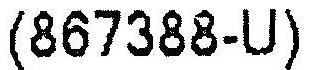
(867388-U)